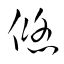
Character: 悠